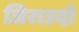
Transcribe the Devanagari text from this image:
जिराउदो